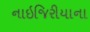
નાઇજિરીયાના